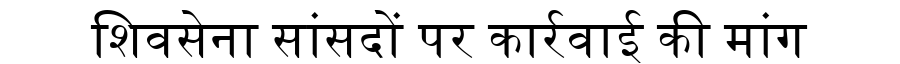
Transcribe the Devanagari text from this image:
शिवसेना सांसदों पर कार्रवाई की मांग